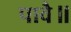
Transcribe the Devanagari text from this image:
पावै॥